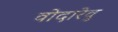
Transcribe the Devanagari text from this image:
वोदारेवु